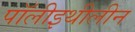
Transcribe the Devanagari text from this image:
पॉलीइथीलीन